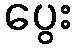
ပွေး